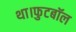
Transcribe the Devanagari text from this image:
था।फुटबॉल